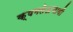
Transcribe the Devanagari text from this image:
क्षमतेअभावी